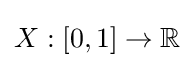
X:[0,1]\to \mathbb {R}